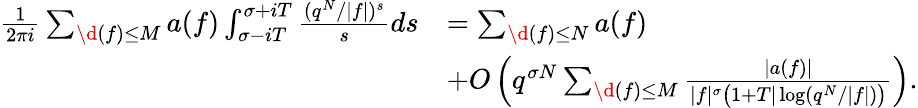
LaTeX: \begin{array}{rl}{\frac{1}{2\pi i}\sum_{\d(f)\leq M}a(f)\int_{\sigma-iT}^{\sigma+iT}\frac{(q^{N}/|f|)^{s}}{s}ds}&{=\sum_{\d(f)\leq N}a(f)}\\ &{+O\left(q^{\sigma N}\sum_{\d(f)\leq M}\frac{|a(f)|}{|f|^{\sigma}\big(1+T|\log(q^{N}/|f|)\big)}\right).}\end{array}